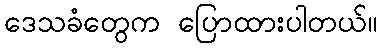
ဒေသခံတွေက ပြောထားပါတယ်။